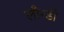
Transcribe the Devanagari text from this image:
लौन्डी